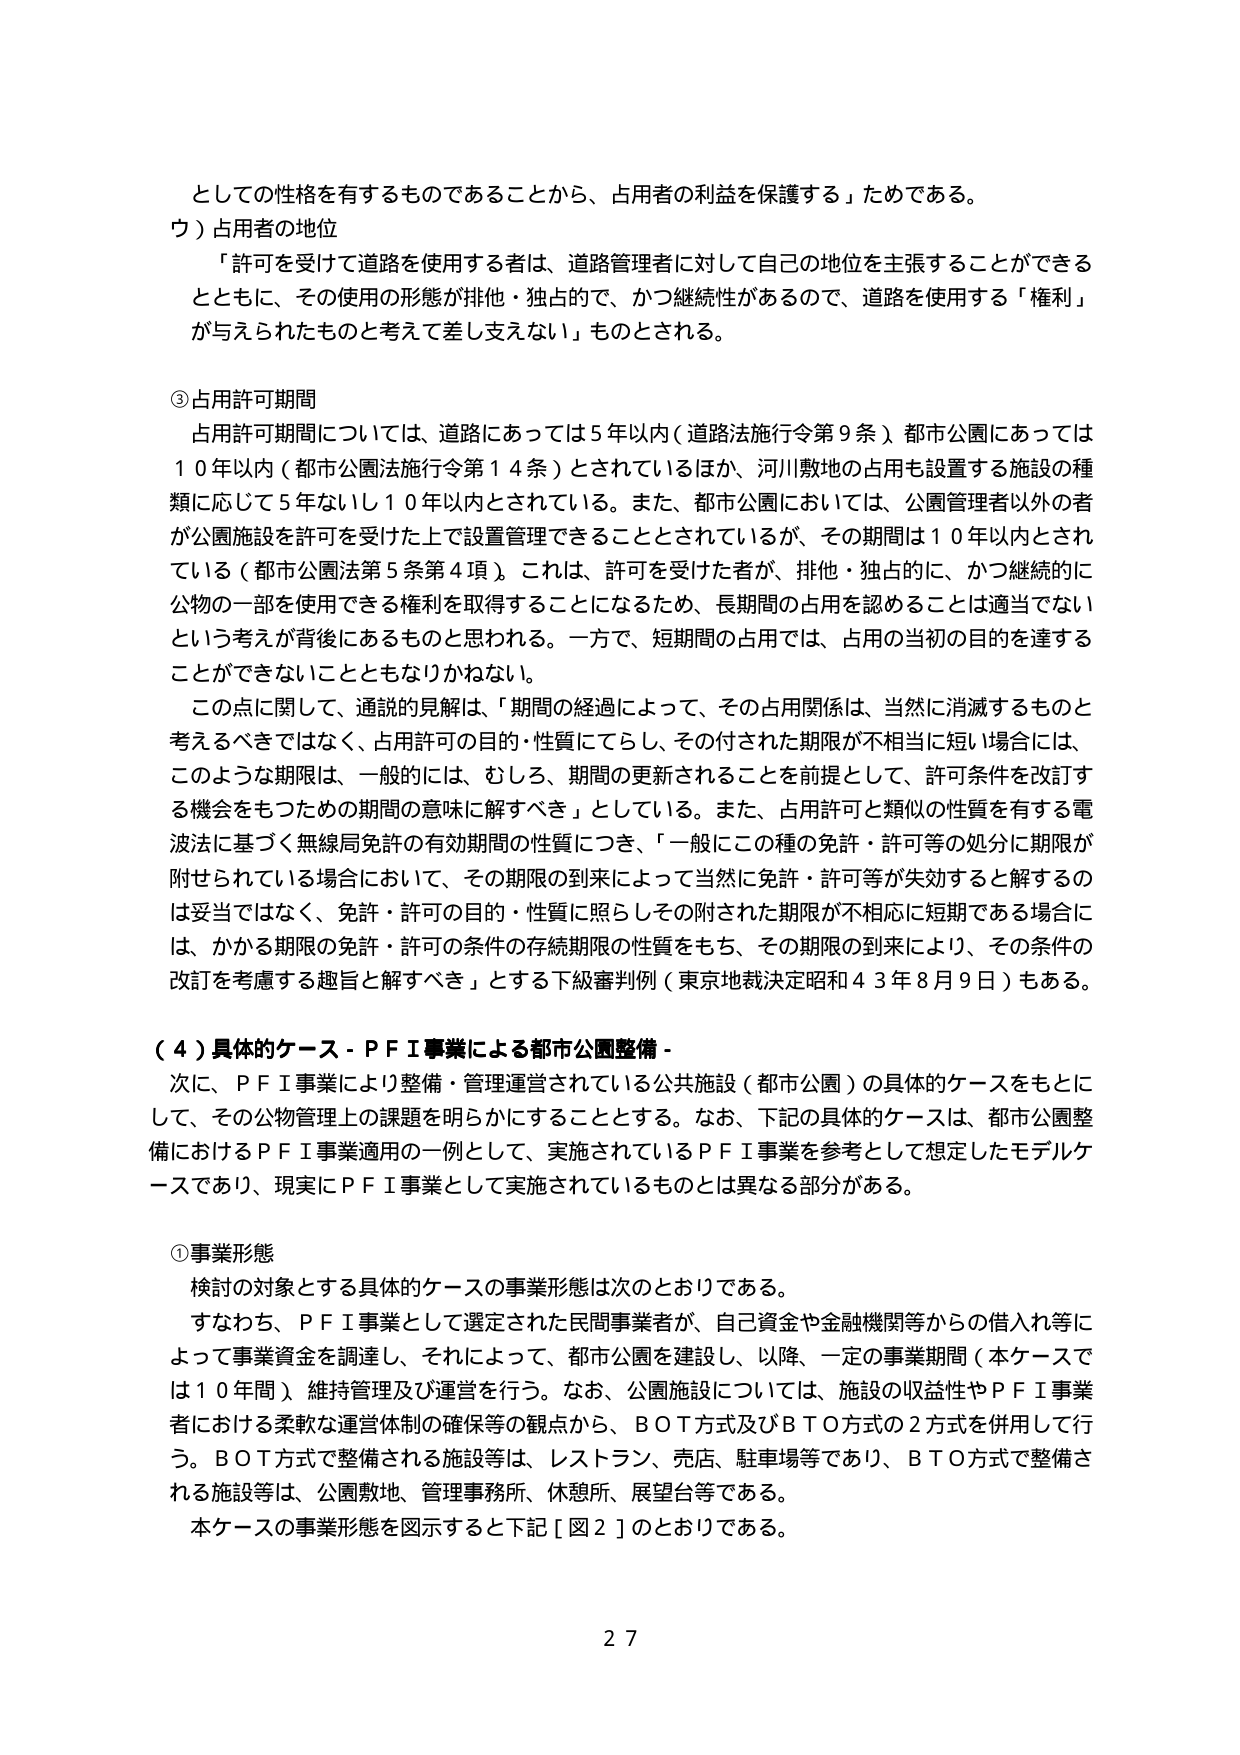
としての性格を有するものであることから、占用者の利益を保護する」ためである。
ウ）占用者の地位
「許可を受けて道路を使用する者は、道路管理者に対して自己の地位を主張することができる
とともに、その使用の形態が排他・独占的で、かつ継続性があるので、道路を使用する「権利」
が与えられたものと考えて差し支えない」ものとされる。

③占用許可期間
占用許可期間については、道路にあっては５年以内（道路法施行令第９条）、都市公園にあっては
１０年以内（都市公園法施行令第１４条）とされているほか、河川敷地の占用も設置する施設の種
類に応じて５年ないし１０年以内とされている。また、都市公園においては、公園管理者以外の者
が公園施設を許可を受けた上で設置管理できることとされているが、その期間は１０年以内とされ
ている（都市公園法第５条第４項）。これは、許可を受けた者が、排他・独占的に、かつ継続的に
公物の一部を使用できる権利を取得することになるため、長期間の占用を認めることは適当でない
という考えが背後にあるものと思われる。一方で、短期間の占用では、占用の当初の目的を達する
ことができないことともなりかねない。
この点に関して、通説的見解は、「期間の経過によって、その占用関係は、当然に消滅するものと
考えるべきではなく、占用許可の目的・性質にてらし、その付された期限が不相当に短い場合には、
このような期限は、一般的には、むしろ、期間の更新されることを前提として、許可条件を改訂す
る機会をもつための期間の意味に解すべき」としている。また、占用許可と類似の性質を有する電
波法に基づく無線局免許の有効期間の性質につき、「一般にこの種の免許・許可等の処分に期限が
附せられている場合において、その期限の到来によって当然に免許・許可等が失効すると解するの
は妥当ではなく、免許・許可の目的・性質に照らしその附された期限が不相応に短期である場合に
は、かかる期限の免許・許可の条件の存続期限の性質をもち、その期限の到来により、その条件の
改訂を考慮する趣旨と解すべき」とする下級審判例（東京地裁決定昭和４３年８月９日）もある。

（４）具体的ケース－ＰＦＩ事業による都市公園整備－
次に、ＰＦＩ事業により整備・管理運営されている公共施設（都市公園）の具体的ケースをもとに
して、その公物管理上の課題を明らかにすることとする。なお、下記の具体的ケースは、都市公園整
備におけるＰＦＩ事業適用の一例として、実施されているＰＦＩ事業を参考として想定したモデルケ
ースであり、現実にＰＦＩ事業として実施されているものとは異なる部分がある。

①事業形態
検討の対象とする具体的ケースの事業形態は次のとおりである。
すなわち、ＰＦＩ事業として選定された民間事業者が、自己資金や金融機関等からの借入れ等に
よって事業資金を調達し、それによって、都市公園を建設し、以降、一定の事業期間（本ケースで
は１０年間）維持管理及び運営を行う。なお、公園施設については、施設の収益性やＰＦＩ事業
者における柔軟な運営体制の確保等の観点から、ＢＯＴ方式及びＢＴＯ方式の２方式を併用して行
う。ＢＯＴ方式で整備される施設等は、レストラン、売店、駐車場等であり、ＢＴＯ方式で整備さ
れる施設等は、公園敷地、管理事務所、休憩所、展望台等である。
本ケースの事業形態を図示すると下記［図２］のとおりである。

２７